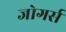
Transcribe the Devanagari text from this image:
जोगर्स